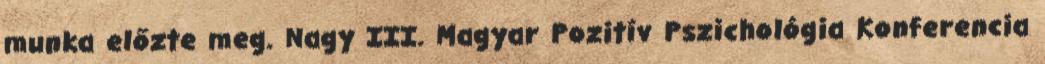
munka előzte meg. Nagy III. Magyar Pozitív Pszichológia Konferencia